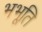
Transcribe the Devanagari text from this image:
भभूति